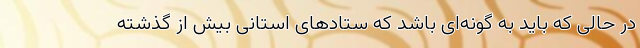
در حالی‌ که باید به‌ گونه‌ای باشد که ستادهای استانی بیش از گذشته